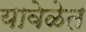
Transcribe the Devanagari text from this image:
यावेळेत